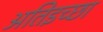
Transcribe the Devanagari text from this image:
अतिइच्छा